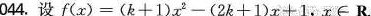
044.设f(x)=(k+1)x^{2}-(2k+1)x+1，x∈R.